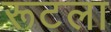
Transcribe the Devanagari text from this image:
रूटला